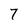
Character: 7